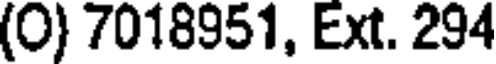
(0) 7018951, Ext. 294